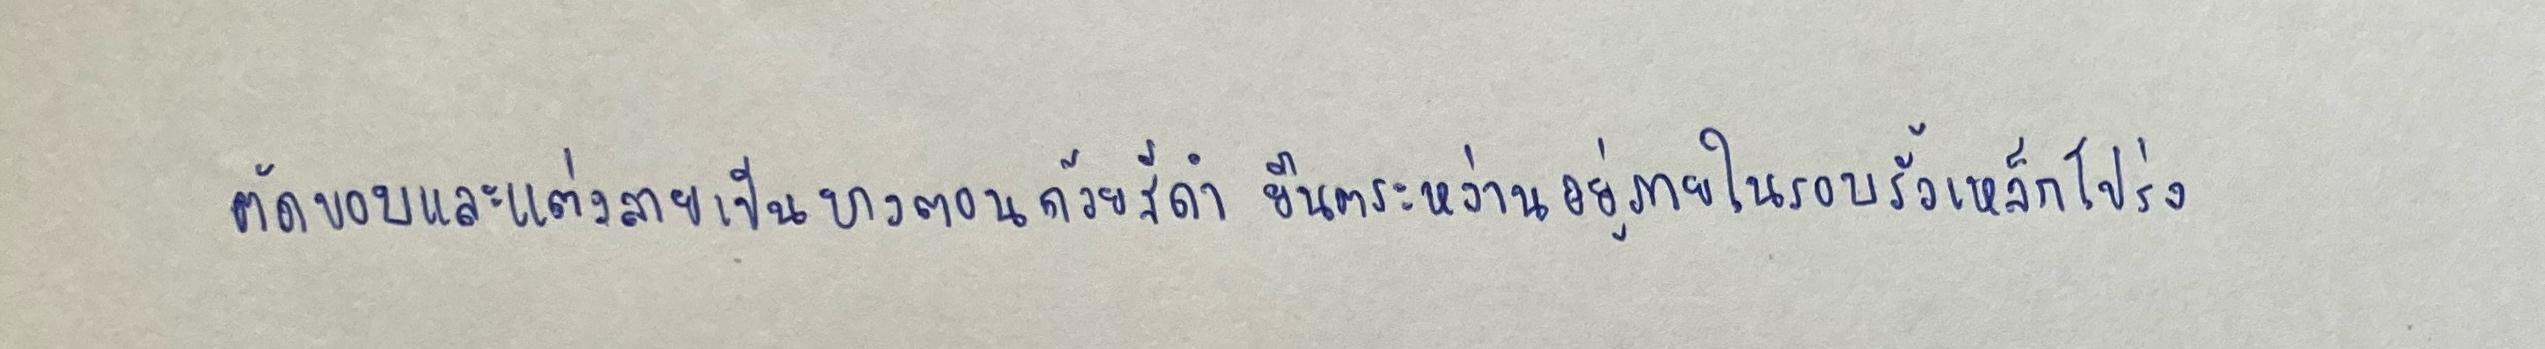
ตัดขอบและแต่งลายเป็นบางตอนด้วยสีดำยืนตระหง่านอยู่ภายในรอบรั้วเหล็กโปร่ง